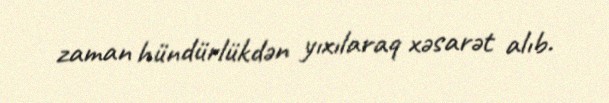
zaman hündürlükdən yıxılaraq xəsarət alıb.